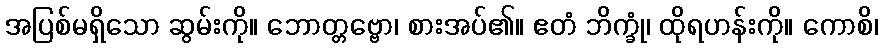
အပြစ်မရှိသော ဆွမ်းကို။ ဘောတ္တဗ္ဗော၊ စားအပ်၏။ ဧတံ ဘိက္ခုံ၊ ထိုရဟန်းကို။ ကောစိ၊